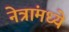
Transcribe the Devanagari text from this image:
नेत्रांमध्ये